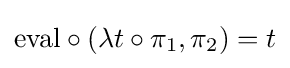
{\text{eval}}\circ (\lambda t\circ \pi _{1},\pi _{2})=t